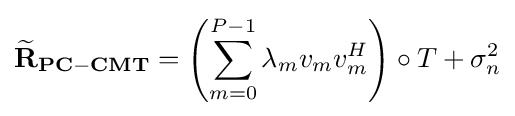
\mathbf {{\widetilde {R}}_{PC-CMT}} =\left(\sum _{m=0}^{P-1}\lambda _{m}v_{m}v_{m}^{H}\right)\circ T+\sigma _{n}^{2}